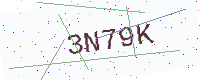
Text: 3N79K